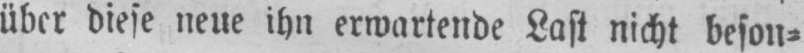
über diese neue ihn erwartende Last nicht beson⸗